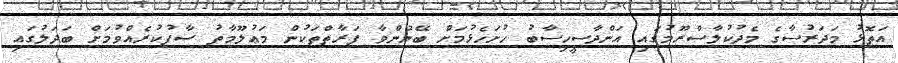
އަތޮޅު މަދަރުސާގެ މެދުކުލާސްރޫމުގައި އަންދާސީހިސާބު ހުށަހެޅުމަށް ބޭނުންވާ ފަރާތްތަކުން މަޢުލޫމާތު ސާފުކުރެއްވުމަށް ބަދަލުގައި